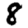
Digit: 8